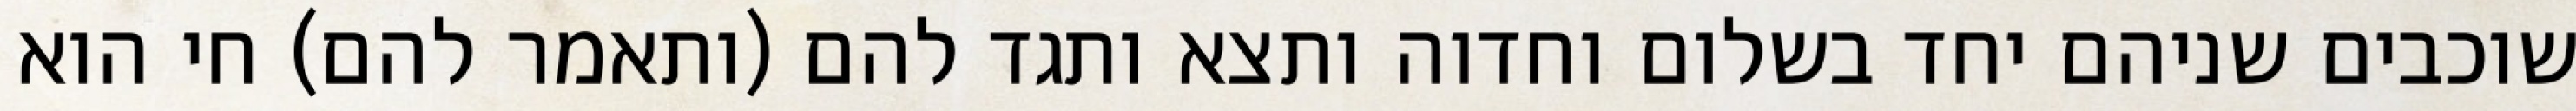
שוכבים שניהם יחד בשלום וחדוה ותצא ותגד להם (ותאמר להם) חי הוא